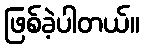
ဖြစ်ခဲ့ပါတယ်။